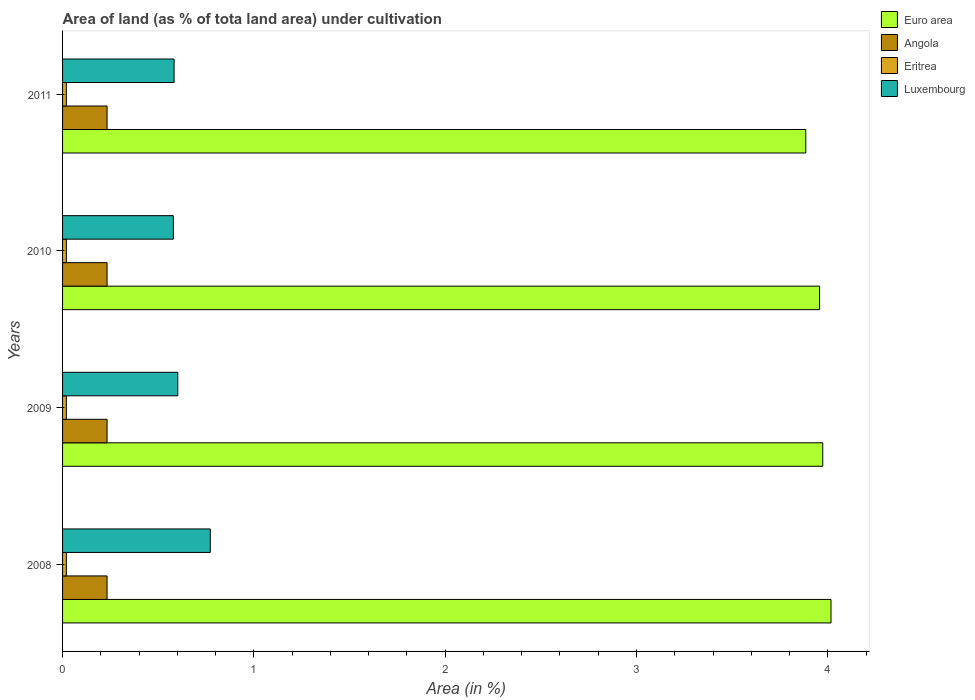
| Years | Euro area | Angola | Eritrea | Luxembourg |
 | --- | --- | --- | --- | --- |
 | 2008 | 4.02 | 0.233 | 0.0198 | 0.772 |
 | 2009 | 3.97 | 0.233 | 0.0198 | 0.602 |
 | 2010 | 3.96 | 0.233 | 0.0198 | 0.579 |
 | 2011 | 3.88 | 0.233 | 0.0198 | 0.583 |